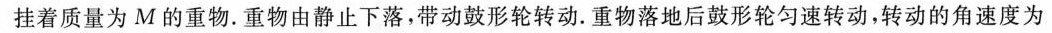
挂着质量为M的重物。重物由静止下落，带动鼓形轮转动。重物落地后鼓形轮匀速转动，转动的角速度为